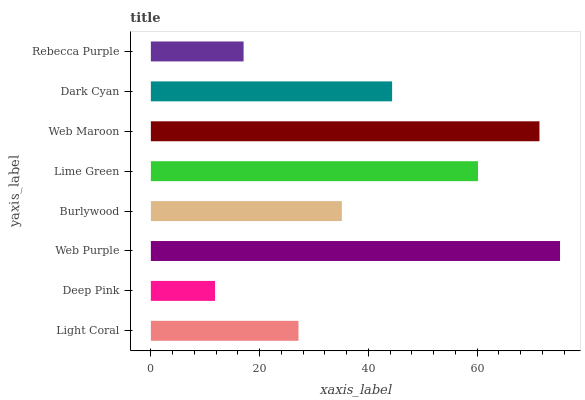
| yaxis_label | bars |
 | --- | --- |
 | Light Coral | 27.1 |
 | Deep Pink | 11.8 |
 | Web Purple | 75.2 |
 | Burlywood | 35.1 |
 | Lime Green | 60.2 |
 | Web Maroon | 71.4 |
 | Dark Cyan | 44.4 |
 | Rebecca Purple | 17.1 |